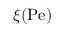
\xi ( \mathrm { P e } )